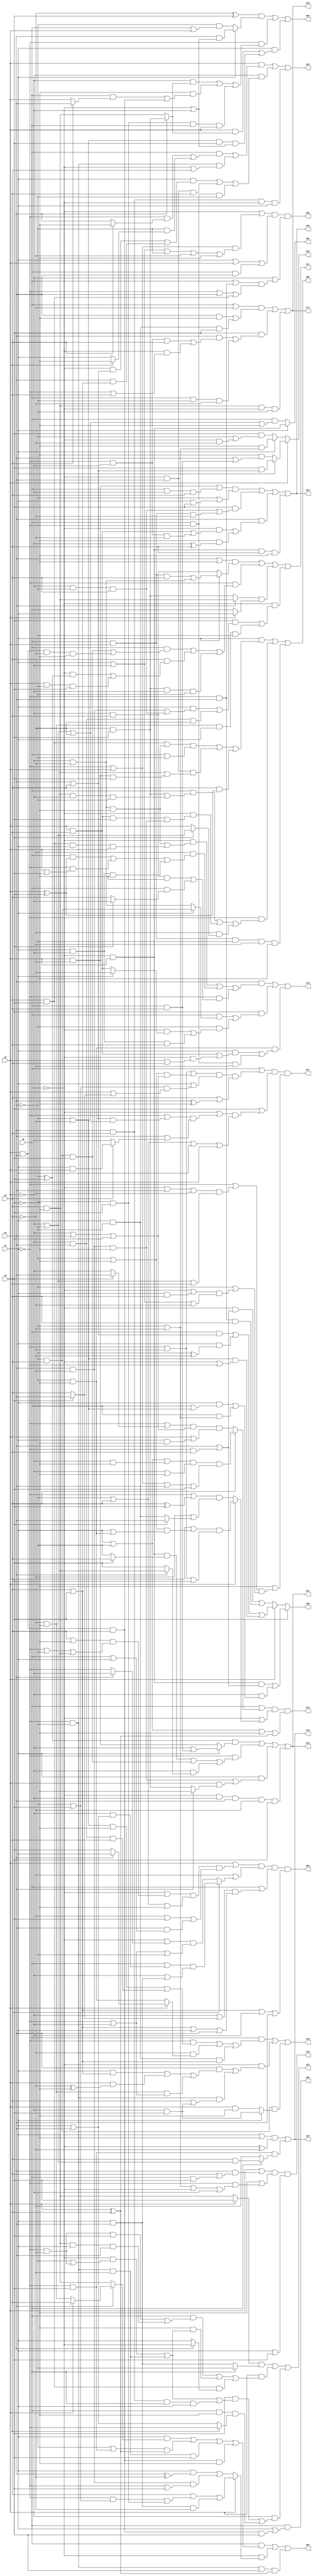
// Benchmark "q_3" written by ABC on Sat Feb 25 04:16:25 2023

module q_3 ( 
    x0, x1, x2, x3, x4, x5,
    z00, z01, z02, z03, z04, z05, z06, z07, z08, z09, z10, z11, z12, z13,
    z14, z15, z16, z17, z18, z19, z20, z21, z22, z23, z24  );
  input  x0, x1, x2, x3, x4, x5;
  output z00, z01, z02, z03, z04, z05, z06, z07, z08, z09, z10, z11, z12, z13,
    z14, z15, z16, z17, z18, z19, z20, z21, z22, z23, z24;
  assign z00 = x0 & (x1 | (x2 & x3 & x4 & x5));
  assign z01 = x1 ? (~x0 & x2) : (x0 & (~x2 | ~x3 | ~x4 | ~x5));
  assign z02 = (~x0 | ((~x1 | x2) & (x1 | ~x2 | ~x3 | ~x4 | ~x5))) & (x1 | x2 | (x0 & x3)) & (~x2 | ((x0 | (~x1 & x3)) & (~x1 | x3 | (x4 & x5))));
  assign z03 = (x2 & ((x0 & ((~x1 & (x4 ? ~x5 : x3)) | (~x3 & (x4 ? ~x5 : x1)))) | (~x1 & ~x3 & (~x0 | x4)))) | (~x2 & ((x1 & ((~x0 & (x3 | x4)) | (x3 & (x4 | x5)))) | (~x0 & x3 & x4) | (x0 & ~x1 & ~x3))) | (x3 & x4 & ~x0 & x1);
  assign z04 = (x0 & ((x1 & (x3 ? (x2 ? x4 : (~x4 & ~x5)) : (x4 & ~x5))) | ((~x3 | (~x1 & x5)) & (x2 ^ x4)) | (~x1 & ~x3 & ~x4 & x5) | (x2 & x3 & x4 & ~x5))) | (~x0 & (x2 ? ((x4 & ((~x1 & (~x3 | x5)) | (~x3 & x5))) | (x1 & x3 & ~x4)) : ((x1 & (x3 ^ ~x4)) | (x3 & ~x4 & (~x1 | x5))))) | (~x1 & ~x3 & x5 & (x2 ^ x4));
  assign z05 = ((~x4 ^ x5) & (x1 ? (x3 & (~x0 | ~x2)) : (~x3 & (x0 | x2)))) | (~x1 & ((~x2 & (x3 ? (~x4 & x5) : (x4 & ~x5))) | (~x5 & ((x0 & (x4 ? x3 : x2)) | (x2 & x3 & x4))) | (~x3 & x5 & x0 & x2))) | (x1 & ((x2 & (x3 ? (~x4 & x5) : (x4 & ~x5))) | (~x3 & ~x4 & x5 & (~x0 | ~x2))));
  assign z06 = (x2 | ((~x0 | ((x4 | ~x5) & (~x1 | ~x3 | (x4 & ~x5)))) & (~x3 | x4 | ~x5) & (~x4 | x5 | (x3 & (x0 | x1))))) & (~x4 | (x5 ? ((x0 | (~x2 & (x1 | x3))) & (~x2 | (x1 & x3))) : ((~x0 | (x3 ? ~x2 : ~x1)) & (~x1 | ~x2 | ~x3)))) & (x0 | ((~x2 | (x5 ? x3 : x4)) & (x4 | x5 | x1 | x3))) & (x4 | x5 | ~x2 | x3);
  assign z07 = (x0 | ((~x1 | ~x4 | ((~x3 | ~x5) & (~x2 | x3 | x5))) & (x1 | ((~x3 | x5) & (x2 | (x5 ? x3 : x4)))) & (x4 | (x3 ^ ~x5)))) & (x5 | ((~x0 | ((~x1 | ((x3 | x4) & (~x2 | ~x3 | ~x4))) & (x3 | (x4 ? (x1 & x2) : ~x2)))) & (~x3 | x4 | x1 | x2))) & (~x5 | ((~x1 | ((~x0 | x3 | ~x4) & (~x2 | ~x3 | x4))) & (~x3 | ((~x0 | (x1 & x4)) & (x1 | ~x2 | ~x4)))));
  assign z08 = (x1 & ((((x4 & x5) | (~x2 & ~x4 & ~x5)) & (x0 | ~x3)) | (~x0 & x3 & ((x4 & ~x5) | (x2 & ~x4 & x5))) | (x4 & (x2 ^ x5)))) | (~x1 & ((x0 & ((~x4 & x5) | (x4 & ~x5 & ~x2 & ~x3))) | (~x0 & ((x2 & x4 & x5) | (x3 & ~x4 & ~x5))) | (~x4 & (x5 ? (~x2 | ~x3) : x2)))) | (x0 & x2 & ~x3 & ~x4 & ~x5);
  assign z09 = x5 ? ((~x0 & x2 & (x3 | (~x1 & x4))) | (~x2 & ((x1 & (x0 | (~x3 & ~x4))) | (x0 & (~x3 | ~x4))))) : (x2 ? ((x0 & (x3 | x4)) | (x1 & (~x3 ^ ~x4)) | (~x3 & ~x4 & (~x0 | ~x1))) : ((~x0 & (x3 | (~x1 & x4))) | (~x1 & x3 & x4)));
  assign z10 = (x0 & ((~x1 & ((~x3 & ~x4 & ~x5) | (~x2 & x3 & x4))) | (~x4 & (x2 ? (x3 ? x1 : x5) : (~x3 & ~x5))) | (x1 & ~x3 & (x4 | x5)))) | (~x0 & ((x3 & ((x1 & (x4 | x5)) | (x2 & (~x4 ^ ~x5)) | (~x4 & ~x5 & (~x1 | ~x2)))) | (~x1 & ~x3 & (x4 | (~x2 & x5))))) | (~x3 & x4 & (x1 ? (~x2 & x5) : (x2 & ~x5)));
  assign z11 = ((x3 | ~x5) & (x1 ? ((x0 & x2 & x4) | (~x2 & ~x4)) : (~x2 & x4))) | (~x1 & ((x0 & ((~x3 & x4 & x5) | (x2 & x3 & ~x4 & ~x5))) | (x4 & ((~x0 & (~x3 ^ x5)) | (x2 & ~x3 & x5))) | (~x4 & x5 & ~x2 & ~x3))) | ((x3 ? (x4 & ~x5) : (~x4 & x5)) & (x2 ? x1 : x0)) | (~x0 & ((x5 & ((x1 & ((x3 & ~x4) | (~x2 & ~x3 & x4))) | (~x2 & x3 & ~x4))) | (~x4 & ~x5 & x1 & ~x3)));
  assign z12 = ((x2 ? x5 : (x4 & ~x5)) & (x0 ? ~x3 : (x1 & x3))) | (x2 & ((x0 & ((~x1 & ~x4 & x5) | (x4 & ~x5 & x1 & x3))) | (~x5 & ((~x0 & (~x3 | (~x1 & ~x4))) | (~x1 & ~x3 & ~x4))) | (x4 & x5 & (x3 ? ~x0 : x1)))) | (~x2 & ((x5 & ((~x0 & (~x3 | (~x1 & ~x4))) | (~x1 & ~x3 & ~x4) | (x3 & x4 & x0 & x1))) | (x0 & ~x5 & (x4 ? ~x1 : (x1 | x3)))));
  assign z13 = (x3 & ((~x0 & ((~x2 & ~x4 & ~x5) | (x4 & x5 & x1 & x2))) | (~x4 & ((x0 & (x2 ^ x5)) | (~x1 & (x2 | x5)) | (x1 & ~x2 & ~x5))) | (~x1 & ((~x2 & x4 & ~x5) | (x0 & (x5 ? ~x2 : x4)))))) | (x5 & ((x0 & (x1 ? (~x3 & x4) : (~x2 & ~x4))) | (~x3 & ((~x0 & (x1 ? ~x4 : (x2 & x4))) | (x1 & ~x2 & x4))))) | (~x3 & ~x5 & ((x1 & ((x2 & x4) | (~x0 & (x2 | x4)))) | (x0 & ~x1 & ~x4)));
  assign z14 = (x0 | (x4 ? ((x1 | ~x3 | (~x2 & ~x5)) & (~x2 | ~x5) & (~x1 | x2 | x3 | x5)) : ((~x1 | (x5 ? x3 : ~x2)) & (~x2 | x3 | x5) & (x2 | (x1 & ~x5))))) & (~x0 | (x2 ? ((x4 | ((~x3 | ~x5) & (x1 | (~x3 & ~x5)))) & (~x1 | ~x4 | x5)) : ((~x1 | (x4 ^ x5)) & (~x4 | (x5 ? x3 : (x1 & ~x3)))))) & (x1 | ~x3 | ~x5 | (x2 ^ x4));
  assign z15 = ((~x3 ^ x5) & (x1 ? (~x2 | (x0 & x4)) : (x2 & ~x4))) | (~x1 & ((~x0 & x2 & (x5 ? x4 : ~x3)) | (~x3 & x4 & x5) | (~x2 & (x3 ? (x4 & ~x5) : x5)))) | (x1 & ((x3 & ~x4 & ~x5) | (x2 & (x3 ? ~x5 : (~x4 & x5))))) | (~x0 & ~x2 & x3 & ~x4 & x5);
  assign z16 = (((x2 & ~x4) | (x0 & ~x2 & x4)) & (~x3 | (x1 & x5))) | (x5 & ((~x2 & ~x3 & x4) | (x0 & x2 & ~x4))) | (x3 & ((~x0 & ((x2 & x4) | (~x1 & ~x2 & ~x4))) | (~x5 & (~x2 ^ x4)))) | (~x0 & x2 & x4 & ~x5);
  assign z17 = ((x0 | ~x4) & ((x3 & ~x5) | (x1 & ~x3 & x5))) | (x5 & ((x3 & ((~x1 & ~x2 & x4) | (~x0 & (~x1 | x4)))) | (x0 & ~x3 & ~x4))) | (x4 & ~x5 & ~x0 & ~x3);
  assign z18 = ((x1 | ~x5) & (~x0 ^ ~x4)) | (~x1 & x5 & (x0 ? (x4 & (~x2 | ~x3)) : ~x4));
  assign z19 = (x2 | (x3 & (x4 | (x0 & x5)))) & (~x5 | (~x1 & (~x3 | ~x4 | ~x0 | ~x2))) & (x1 | x5);
  assign z20 = x2 ? (x1 ? (x5 & (x3 | x4)) : (~x5 & (x3 | (x0 & x4)))) : (x1 ? (~x5 & (~x3 | ~x4)) : (x5 & (~x3 | (~x0 & ~x4))));
  assign z21 = ((~x3 ^ x5) & (x1 ? (~x2 | (x0 & x4)) : (x2 & ~x4))) | (~x1 & ((~x0 & x2 & (x5 ? x4 : ~x3)) | (~x3 & x4 & x5) | (~x2 & (x3 ? (x4 & ~x5) : x5)))) | (x1 & ((x3 & ~x4 & ~x5) | (x2 & (x3 ? ~x5 : (~x4 & x5))))) | (~x0 & ~x2 & x3 & ~x4 & x5);
  assign z22 = (((x2 & ~x4) | (x0 & ~x2 & x4)) & (~x3 | (x1 & x5))) | (x5 & ((~x2 & ~x3 & x4) | (x0 & x2 & ~x4))) | (x3 & ((~x0 & ((x2 & x4) | (~x1 & ~x2 & ~x4))) | (~x5 & (~x2 ^ x4)))) | (~x0 & x2 & x4 & ~x5);
  assign z23 = ((x0 | ~x4) & ((x3 & ~x5) | (x1 & ~x3 & x5))) | (x5 & ((x3 & ((~x1 & ~x2 & x4) | (~x0 & (~x1 | x4)))) | (x0 & ~x3 & ~x4))) | (x4 & ~x5 & ~x0 & ~x3);
  assign z24 = ((x1 | ~x5) & (~x0 ^ ~x4)) | (~x1 & x5 & (x0 ? (x4 & (~x2 | ~x3)) : ~x4));
endmodule